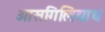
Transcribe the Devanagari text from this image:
ओसगिलियाथ